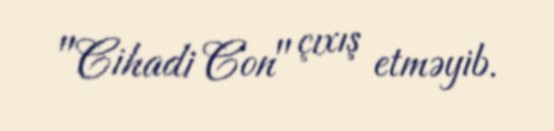
"Cihadi Con" çıxış etməyib.